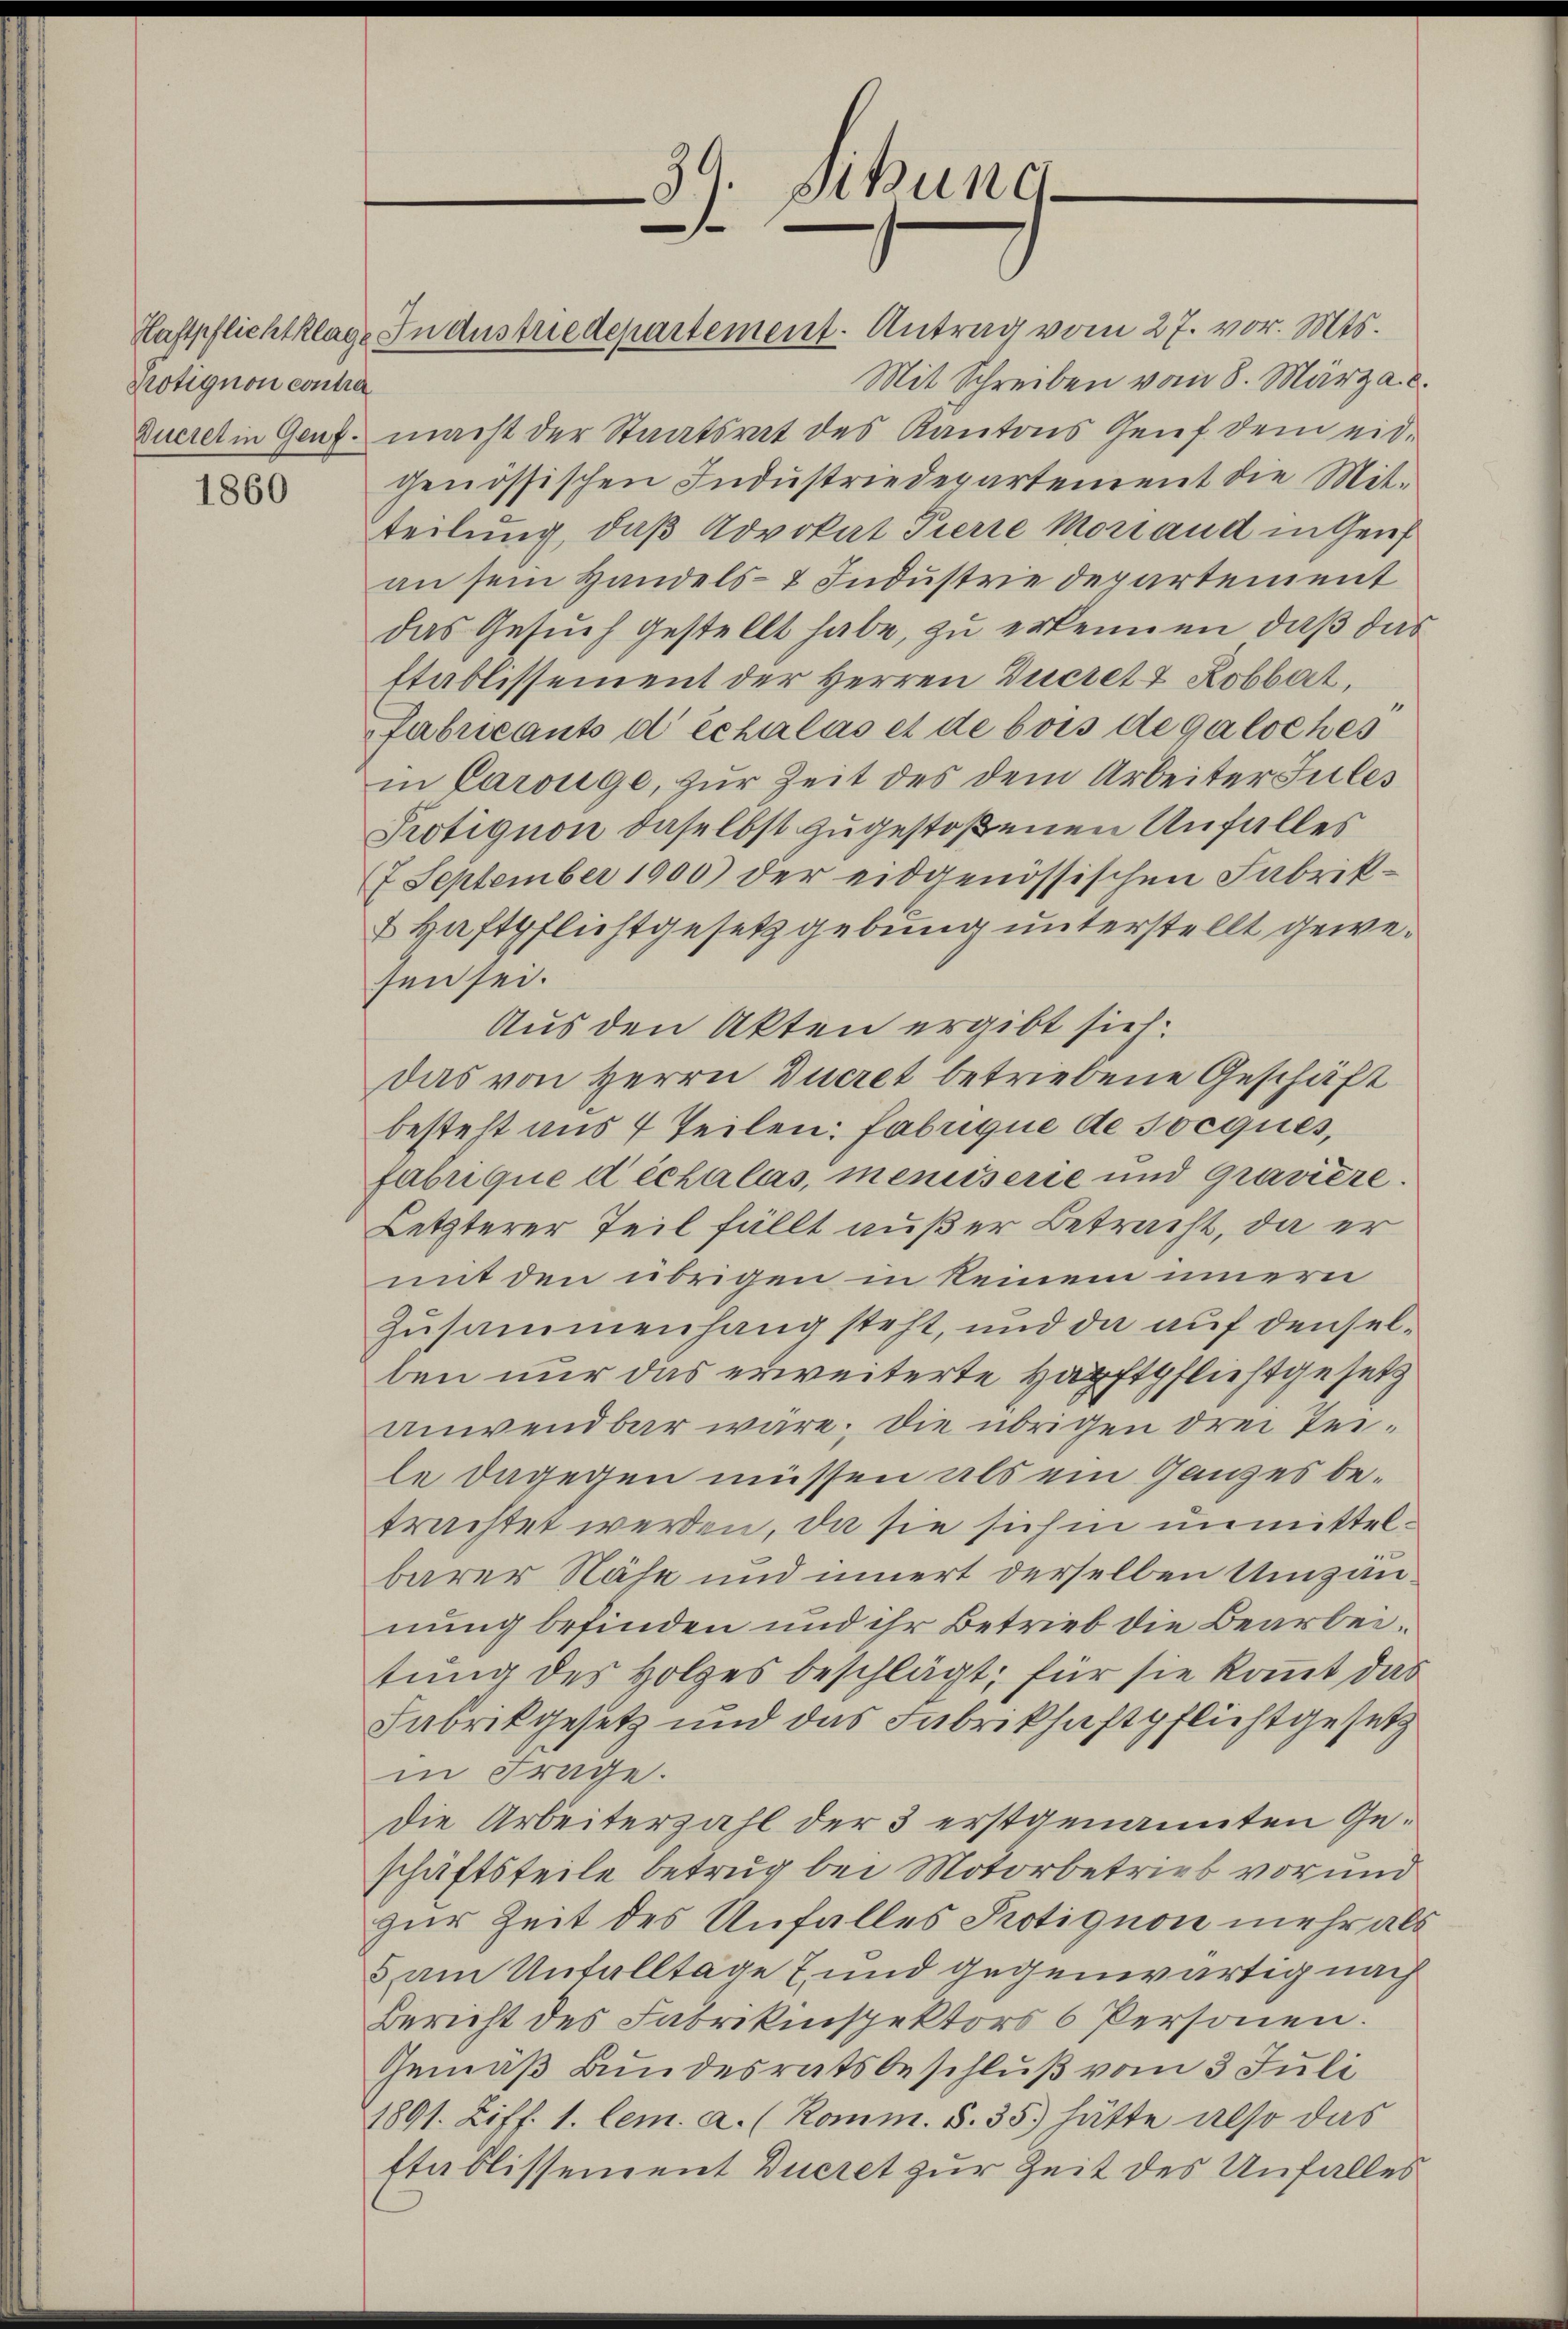
Protignon contre

1860

Mit Schreiben vom 8. März a. c.
Queret in Genf macht der Staatsrat des Kantons Genf dem eidgenössischen Industriedepartement die Mit-
teilung, daß Advokat Pierre Moriand in Genf
an sein Handels- & Industrie departement
das Gesuch gestellt habe, zu erkennen, daß das
Etablissement der Herren Ducret & Kobbat,
Fabricants déchalas et de bois degalsches
in Carouge, zur Zeit des dem Arbeiter Sules
Protignon daselbst zugestoßenen Unfalles
7 September 1900) der eidgenössischen Fabrik¬
 Haftpflichtgesetzgebung unterstellt gewesen sei.
Aus den Akten ergibt sich:
Das von Herrn Ducret betriebene Geschäft
besteht aus 7 Teilen: Fabrique de socques,
fabrique déchalas, meniiserie und Graviere.
Letzterer Teil fällt außer Betracht, da er
mit den übrigen in keinem innern
Zusammenhang steht, und da auf denselben nur das erweiterte Haftpflichtgesetz
anwendbar wäre; die übrigen drei Tei-
le dagegen müssen als ein Ganzes betrachtet werden, da sie sich in unmittelbarer Nähe und innert derselben Umzäunung befinden und ihr Betrieb die Bearbeitung des Holzes beschlägt; für sie kommt das
Fabrikgesetz und das Fabrikhaftpflichtgesetz
in Frage.
die Arbeiterzahl der 3 erstgenannten Geschäftsteile betrug bei Motorbetrieb vor und
zur Zeit des Unfalles Protignon mehr als
& am Unfalltage 7 und gegenwärtig nach
Bericht des Fabrikinspektors 6 Personen.
Gemäß Bundesratsbeschluß vom 3 Juli
1891. Ziff. 1. lem. a. (Komm. S. 35) hätte also das
Etablissement Dueret zur Zeit des Unfalles

Kastpflichtklage In Austriedepartement. Antrag vom 27. vor. Mts.

Sibung
39.